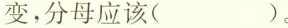
变，分母应该( )。